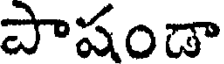
పాషండా